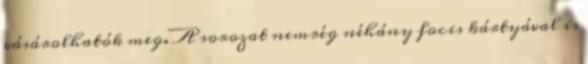
vásárolhatók meg. A sorozat nemrég néhány focis kártyával is